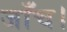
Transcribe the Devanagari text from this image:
जाँच।